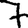
Digit: 7